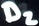
Text: D2